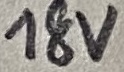
Text: 18V